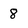
Character: 8